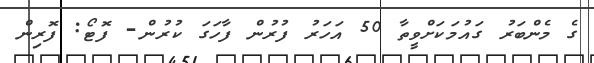
ގެ މެންބަރު ގައުމަކަށްވީތާ 50 އަހަރު ފުރުން ފާހަގަ ކުރުން- ފޮޓޯ: ފޮރިން